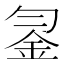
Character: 𨥒